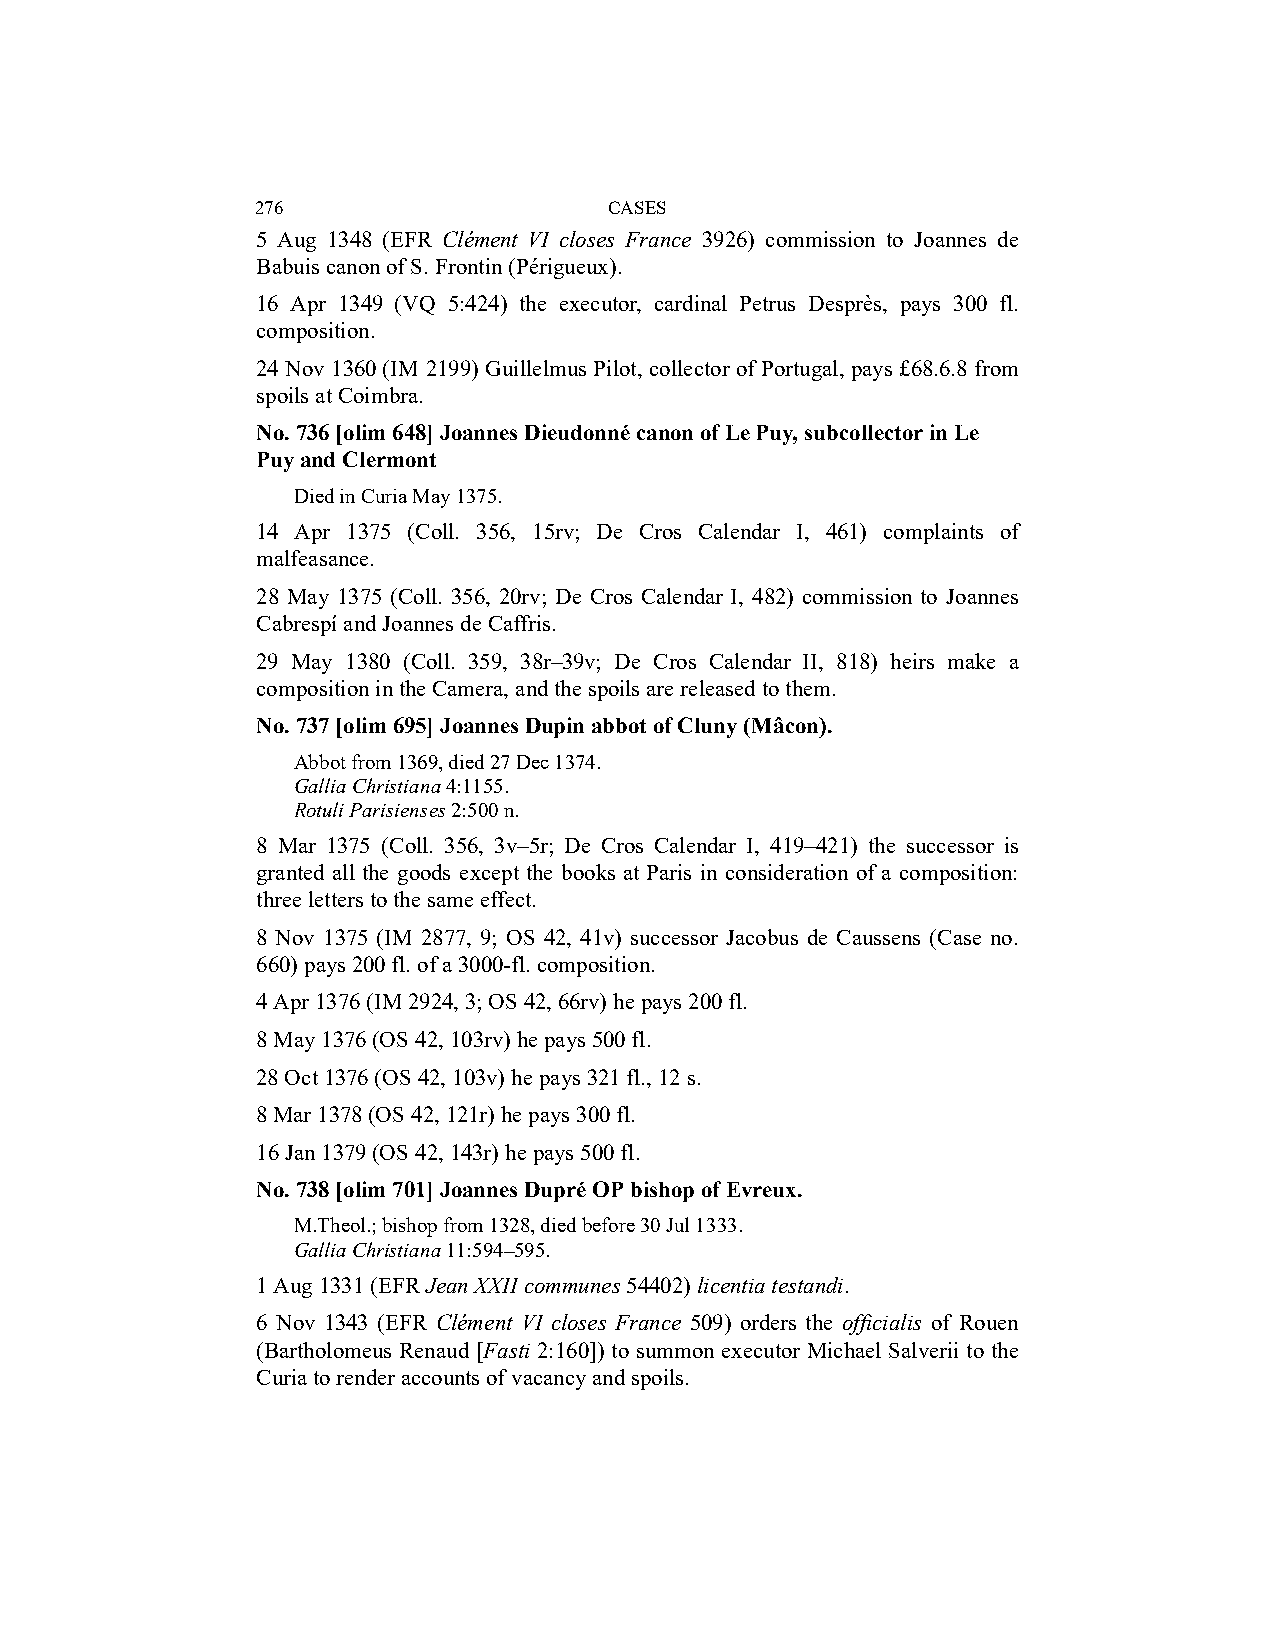
276                    CASES
 5 Aug 1348 (EFR Clément VI closes France 3926) commission to Joannes de
 Babuis canon of S. Frontin (Périgueux).
 16 Apr 1349 (VQ 5:424) the executor, cardinal Petrus Desprès, pays 300 fl.
 composition.
 24 Nov 1360 (IM 2199) Guillelmus Pilot, collector of Portugal, pays £68.6.8 from
 spoils at Coimbra.
 No. 736 [olim 648] Joannes Dieudonné canon of Le Puy, subcollector in Le
 Puy and Clermont
 Died in Curia May 1375.
 14 Apr 1375 (Coll. 356, 15rv; De Cros Calendar I, 461) complaints of
 malfeasance.
 28 May 1375 (Coll. 356, 20rv; De Cros Calendar I, 482) commission to Joannes
 Cabrespí and Joannes de Caffris.
 29 May 1380 (Coll. 359, 38r–39v; De Cros Calendar II, 818) heirs make a
 composition in the Camera, and the spoils are released to them.
 No. 737 [olim 695] Joannes Dupin abbot of Cluny (Mâcon).
 Abbot from 1369, died 27 Dec 1374.
 Gallia Christiana 4:1155.
 Rotuli Parisienses 2:500 n.
 8 Mar 1375 (Coll. 356, 3v–5r; De Cros Calendar I, 419–421) the successor is
 granted all the goods except the books at Paris in consideration of a composition:
 three letters to the same effect.
 8 Nov 1375 (IM 2877, 9; OS 42, 41v) successor Jacobus de Caussens (Case no.
 660) pays 200 fl. of a 3000-fl. composition.
 4 Apr 1376 (IM 2924, 3; OS 42, 66rv) he pays 200 fl.
 8 May 1376 (OS 42, 103rv) he pays 500 fl.
 28 Oct 1376 (OS 42, 103v) he pays 321 fl., 12 s.
 8 Mar 1378 (OS 42, 121r) he pays 300 fl.
 16 Jan 1379 (OS 42, 143r) he pays 500 fl.
 No. 738 [olim 701] Joannes Dupré OP bishop of Evreux.
 M.Theol.; bishop from 1328, died before 30 Jul 1333.
 Gallia Christiana 11:594–595.
 1 Aug 1331 (EFR Jean XXII communes 54402) licentia testandi.
 6 Nov 1343 (EFR Clément VI closes France 509) orders the officialis of Rouen
 (Bartholomeus Renaud [Fasti 2:160]) to summon executor Michael Salverii to the
 Curia to render accounts of vacancy and spoils.